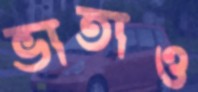
ভাতাও